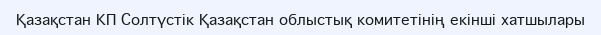
Қазақстан КП Солтүстік Қазақстан облыстық комитетінің екінші хатшылары